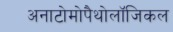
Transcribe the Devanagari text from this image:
अनाटोमोपैथोलॉजिकल